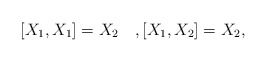
\begin{align*}[X_{1},X_{1}]=X_{2}\quad,[X_{1},X_{2}]=X_{2},\end{align*}